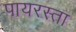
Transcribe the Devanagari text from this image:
पायरस्ता